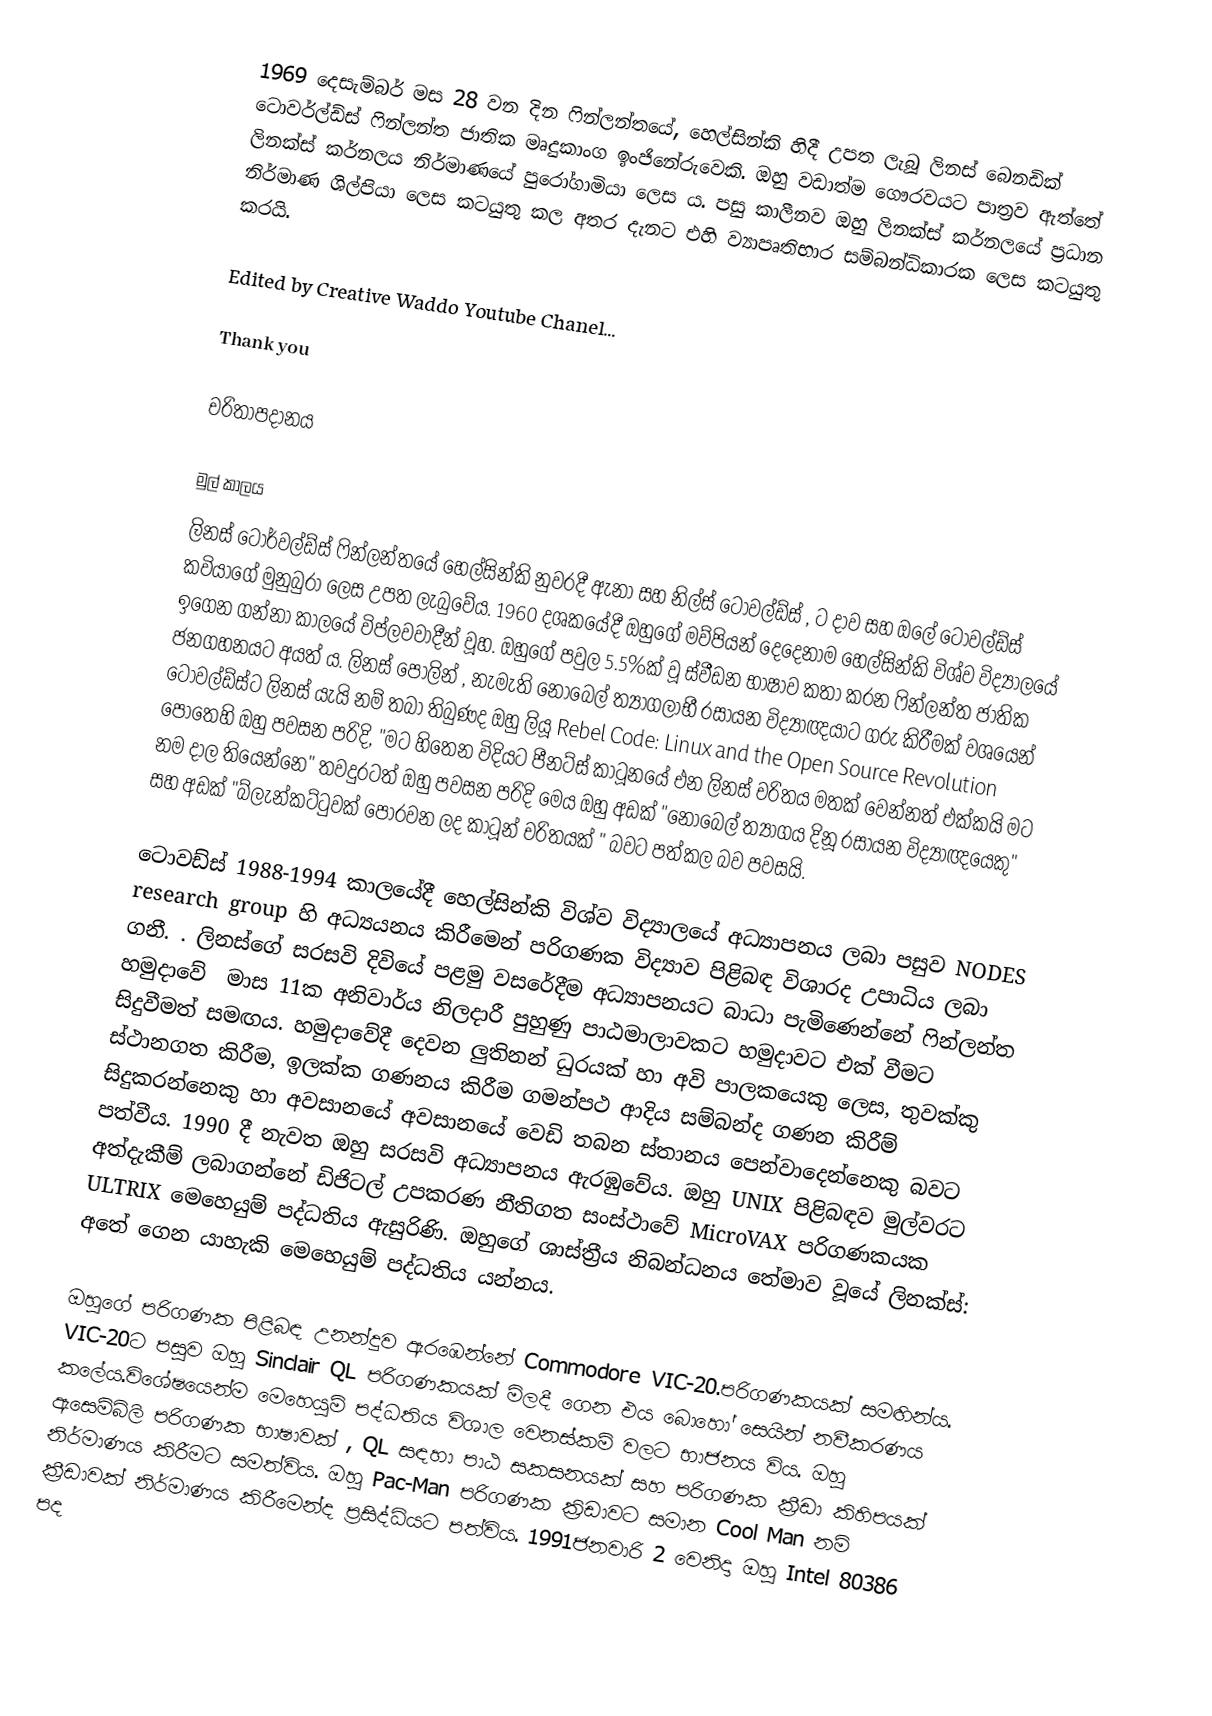
1969 දෙසැම්බර් මස 28 වන දින ෆින්ලන්තයේ, හෙල්සින්කි හිදී උපත ලැබූ  ලිනස් බෙනඩික් ටොවර්ල්ඩ්ස්   ෆින්ලන්ත ජාතික මෘදුකාංග ඉංජිනේරුවෙකි.  ඔහු වඩාත්ම ගෞරවයට පාත්‍රව ඇත්තේ  ලිනක්ස් කර්නලය නිර්මාණයේ පුරෝගාමියා ලෙස ය. පසු කාලීනව ඔහු ලිනක්ස් කර්නලයේ ප්‍රධාන නිර්මාණ ශිල්පියා ලෙස කටයුතු කල අතර දැනට එහි ව්‍යාපෘතිභාර සම්බන්ධිකාරක ලෙස කටයුතු කරයි.

Edited by Creative Waddo Youtube Chanel...

Thank you

චරිතාපදානය

මුල් කාලය
ලිනස් ටොර්වල්ඩ්ස් ෆින්ලන්තයේ හෙල්සින්කි නුවරදී  ඇනා සහ   නිල්ස් ටොවල්ඩ්ස් , ට දාව සහ  ඔලේ ටොවල්ඩ්ස්  කවියාගේ මුනුබුරා ලෙස උපත ලැබුවේය. 1960 දශකයේදී ඔහුගේ මව්පියන් දෙදෙනාම  හෙල්සින්කි විශ්ව විද්‍යාලයේ  ඉගෙන ගන්නා කාලයේ විප්ලවවාදීන් වූහ. ඔහුගේ පවුල 5.5%ක් වූ   ස්වීඩන භාෂාව කතා කරන ෆින්ලන්ත ජාතික ජනගහනයට අයත් ය.  ලිනස් පෝලින් , නැමැති  නොබෙල් ත්‍යාගලාභී රසායන විද්‍යාඥයාට ගරු කිරීමක් වශයෙන්  ටොවල්ඩ්ස්ට ලිනස් යැයි නම් තබා තිබුණද ඔහු ලියූ Rebel Code: Linux and the Open Source Revolution පොතෙහි ඔහු පවසන පරිදි, "මට හිතෙන විදියට පීනට්ස් කාටූනයේ එන ලිනස් චරිතය මතක් වෙන්නත් එක්කයි මට නම දාල තියෙන්නෙ" තවදුරටත් ඔහු පවසන පරිදි මෙය ඔහු අඩක් "නොබෙල් ත්‍යාගය දිනූ රසායන විද්‍යාඥයෙකු" සහ අඩක් "බ්ලැන්කට්ටුවක් පොරවන ලද කාටූන් චරිතයක් " බවට පත්කල බව පවසයි.

ටොවඩ්ස් 1988-1994 කාලයේදී   හෙල්සින්කි විශ්ව විද්‍යාලයේ  අධ්‍යාපනය ලබා පසුව NODES research group හි අධ්‍යයනය කිරීමෙන් පරිගණක විද්‍යාව පිළිබඳ විශාරද උපාධිය ලබා ගනී. . ලිනස්ගේ සරසවි දිවියේ පළමු වසරේදීම අධ්‍යාපනයට බාධා  පැමිණෙන්නේ ෆින්ලන්ත  හමුදාවේ ‍ මාස 11ක අනිවාර්ය නිලදාරී පුහුණු පාඨමාලාවකට හමුදාවට එක් වීමට සිදුවීමත් සමඟය.     හමුදාවේදී දෙවන ලුතිනන් ධුරයක් හා අවි පාලකයෙකු ලෙස, තුවක්කු ස්ථානගත කිරීම, ඉලක්ක  ගණනය කිරීම ගමන්පථ ආදිය සම්බන්ද ගණන කිරීම් සිදුකරන්නෙකු හා අවසානයේ අවසානයේ වෙඩි තබන ස්තානය පෙන්වාදෙන්නෙකු බවට පත්වීය.  1990 දී නැවත ඔහු සරසවි අධ්‍යාපනය ඇරඹුවේය.  ඔහු UNIX පිළිබඳව මුල්වරට අත්දැකීම් ලබාගන්නේ ඩිජිටල් උපකරණ නීතිගත සංස්ථාවේ MicroVAX පරිගණකයක ULTRIX මෙහෙයුම් පද්ධතිය ඇසුරිණි.  ඔහුගේ ශාස්ත්‍රීය නිබන්ධනය තේමාව වූයේ  ලිනක්ස්:  අතේ ගෙන යාහැකි මෙහෙයුම් පද්ධතිය  යන්නය.

ඔහුගේ පරිගණක පිළිබඳ උනන්දුව ඇරඹෙන්නේ Commodore VIC-20.පරිගණකයක් සමඟින්ය. VIC-20ට පසුව ඔහු Sinclair QL පරිගණකයක් මිලදී ගෙන එය බොහෝ සෙයින් නවීකරණය කලේය.විශේෂයෙන්ම මෙහෙයුම් පද්ධතිය විශාල වෙනස්කම් වලට භාජනය විය.  ඔහු ඇසෙම්බ්ලි පරිගණක භාෂාවක් , QL සඳහා  පාඨ සකසනයක්  සහ පරිගණක ක්‍රීඩා කිහිපයක් නිර්මාණය කිරීමට සමත්විය.  ඔහු Pac-Man පරිගණක ක්‍රිඩාවට සමාන Cool Man නම් ක්‍රීඩාවක් නිර්මාණය කිරීමෙන්ද ප්‍රසිද්ධියට පත්විය. 1991ජනවාරි 2 වෙනිදා  ඔහු  Intel 80386 පද